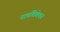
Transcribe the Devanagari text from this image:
पातविवेचन